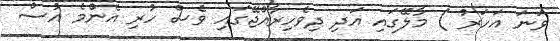
ވަނަ އަހަރު ) މާލޭގައި އަދި ދިވެހިރާއްޖޭގައި ވެސް ހުރި އެންމެ އުސް